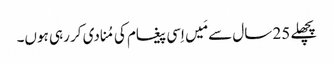
‏ پچھلے 25 سال سے مَیں اِسی پیغام کی مُنادی کر رہی ہوں۔